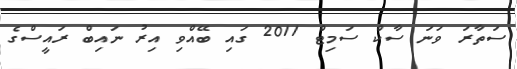
ސަތާރަ ވަނަ ސާކް ސަމިޓް 2011 ގައި ބޭއްވި އިރު ނައިބް ރައީސްގެ